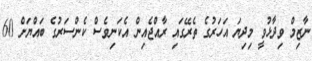
ނާޒިމް ވިދާޅުވީ މިދިޔަ އަހަރުގެ ތެރޭގައި ރާއްޖެއިން އެކަނިވެސް ކެންސަރުގެ ބައްޔަށް 60